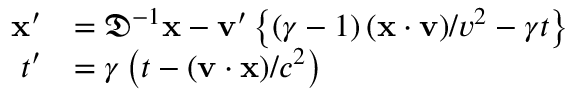
{ \begin{array} { c } { { \begin{array} { r l } { \mathbf { x } ^ { \prime } } & { = { \mathfrak { D } } ^ { - 1 } \mathbf { x } - \mathbf { v } ^ { \prime } \left\{ \left( \gamma - 1 \right) ( \mathbf { x \cdot v } ) / v ^ { 2 } - \gamma t \right\} } \\ { t ^ { \prime } } & { = \gamma \left( t - ( \mathbf { v } \cdot \mathbf { x } ) / c ^ { 2 } \right) } \end{array} } } \end{array} }